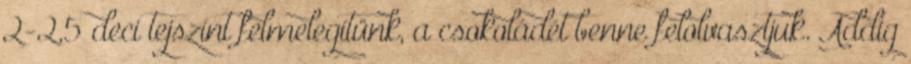
2-2,5 deci tejszínt felmelegítünk, a csokoládét benne felolvasztjuk. Addig